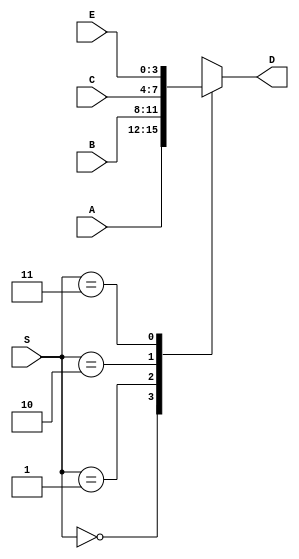
module mux(S,A,B,C,E,D);
    input [1:0]S;
    input [3:0]A;
    input [3:0]B;
    input [3:0]C;
    input [3:0]E;
    output reg [3:0]D;
 
 always@(*) begin
 case(S)
    2'b00 :  D<=A;
    2'b01 : D<=B;
    2'b10 : D<=C; 
    2'b11 :  D<=E;   
 endcase
 end
endmodule